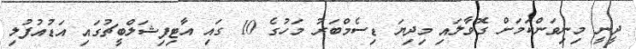
ދީނީ މިނިވަންކަމަށް ގޮވާލައި މިދިޔަ ޑިސެމްބަރު މަހުގެ 10 ގައި އާޓިފިޝަލްބީޗުގައި އަޑުއުފުލި